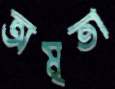
অমৃতা